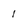
Character: l